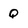
Character: Q